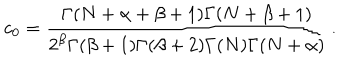
c _ { 0 } = { \frac { \Gamma ( N + \alpha + \beta + 1 ) \Gamma ( N + \beta + 1 ) } { 2 ^ { \beta } \Gamma ( \beta + 1 ) \Gamma ( \beta + 2 ) \Gamma ( N ) \Gamma ( N + \alpha ) } } \, .